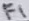
Text: F1